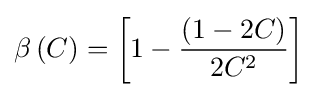
\beta \left(C\right)=\left[1-{\frac {\left(1-2C\right)}{2C^{2}}}\right]